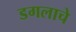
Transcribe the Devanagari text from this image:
डगलाचे